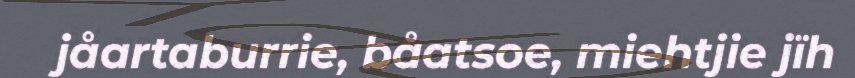
jåartaburrie, båatsoe, miehtjie jïh